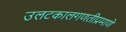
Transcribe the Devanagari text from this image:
उलटकालगणतीप्रमाणे